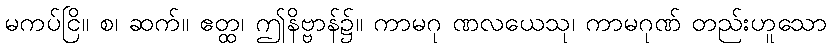
မကပ်ငြိ။ စ၊ ဆက်။ ဧတ္ထ၊ ဤနိဗ္ဗာန်၌။ ကာမဂု ဏလယေသု၊ ကာမဂုဏ် တည်းဟူသော